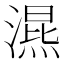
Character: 𣽙